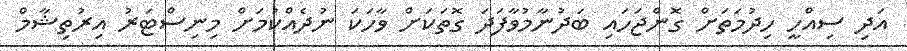
އަދި ސިއްހީ ހިދުމަތަށް ގޮންޖަހައި ބަދުނާމުވާފަދަ ގޮތަކަށް ވާހަކަ ނުދެއްކުމަށް މިނިސްޓަރު އިރުތިޝާމް